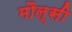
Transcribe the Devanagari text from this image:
मौल्सी